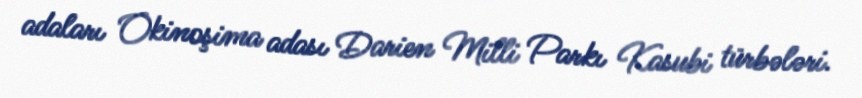
adaları Okinoşima adası Darien Milli Parkı Kasubi türbələri.